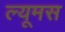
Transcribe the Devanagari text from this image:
ल्यूमस